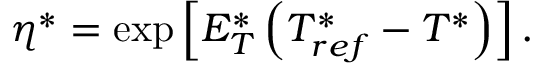
\eta ^ { * } = \exp { \left[ E _ { T } ^ { * } \left( T _ { r e f } ^ { * } - T ^ { * } \right) \right] } \, .